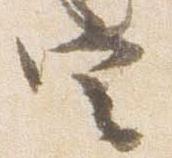
定